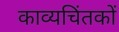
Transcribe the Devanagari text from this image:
काव्यचिंतकों